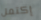
إكتمل